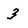
Character: 3